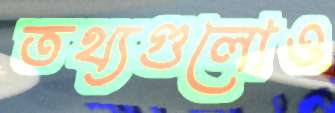
তথ্যগুলোও